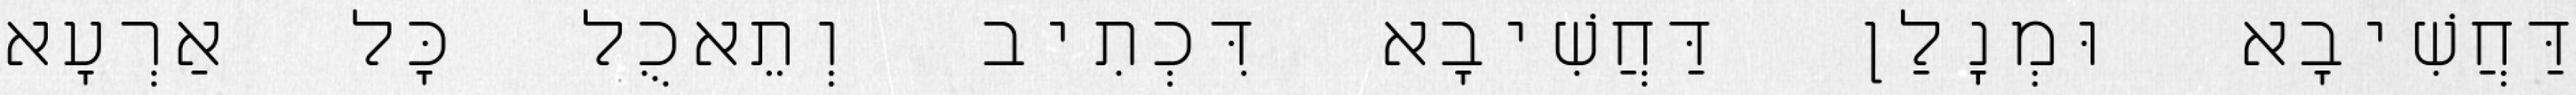
דַּחֲשִׁיבָא וּמְנָלַן דַּחֲשִׁיבָא דִּכְתִיב וְתֵאכֻל כׇּל אַרְעָא